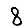
Digit: 8